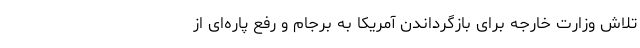
تلاش وزارت خارجه برای بازگرداندن آمریکا به برجام و رفع پاره‌ای از